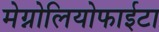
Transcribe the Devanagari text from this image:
मेग्नोलियोफाईटा